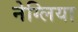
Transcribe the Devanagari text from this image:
नेग्लिया